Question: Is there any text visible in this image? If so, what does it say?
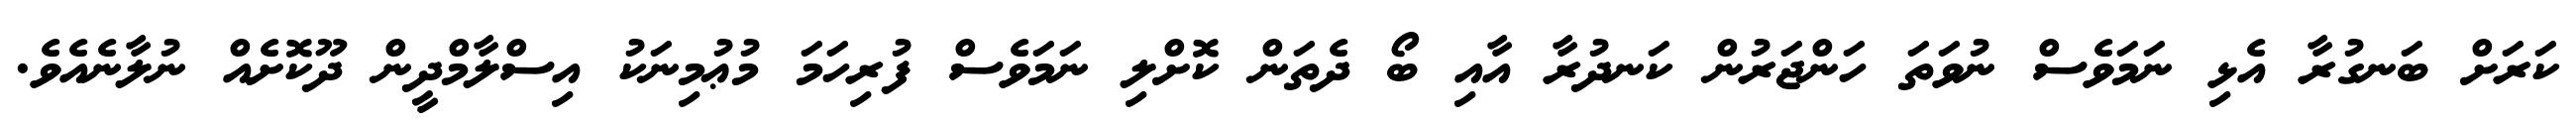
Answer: ކަރަށް ބަނގުރާ އެޅި ނަމަވެސް ނުވަތަ ހަންޖަރުން ކަނދުރާ އާއި ބޯ ދެތަން ކޮށްލި ނަމަވެސް ފުރިހަމަ މުޢުމިނަކު އިސްލާމްދީން ދޫކޮށެއް ނުލާނެއެވެ.